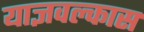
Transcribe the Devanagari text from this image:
याज्ञवल्कास